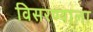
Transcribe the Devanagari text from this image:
विसरण्याला